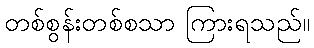
တစ်စွန်းတစ်စသာ ကြားရသည်။